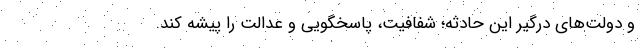
و دولت‌های درگیر این حادثه؛ شفافیت، پاسخگویی و عدالت را پیشه کند‌.